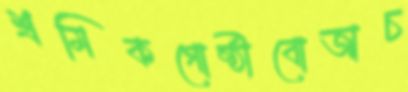
শ্রমিকগোষ্ঠীবোজাচ